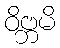
ဝိဗ္ဘမိ